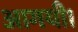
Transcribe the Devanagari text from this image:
आगयी।